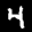
Label: 4